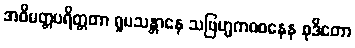
အဓိမတ္တပရိတ္တတာ ရူပသန္တာနေ သဗြဟ္မကဝစနေန စုဒိတော